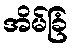
အိမ်ခြံ